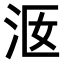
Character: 𣳐